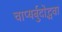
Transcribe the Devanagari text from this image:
चाप्यर्बुदोद्भवा